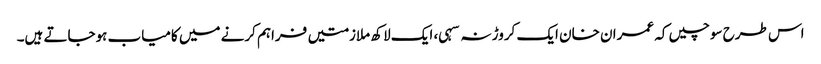
اس طرح سوچیں کہ عمران خان ایک کروڑ نہ سہی، ایک لاکھ ملازمتیں فراہم کرنے میں کامیاب ہوجاتے ہیں۔